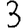
Digit: 3